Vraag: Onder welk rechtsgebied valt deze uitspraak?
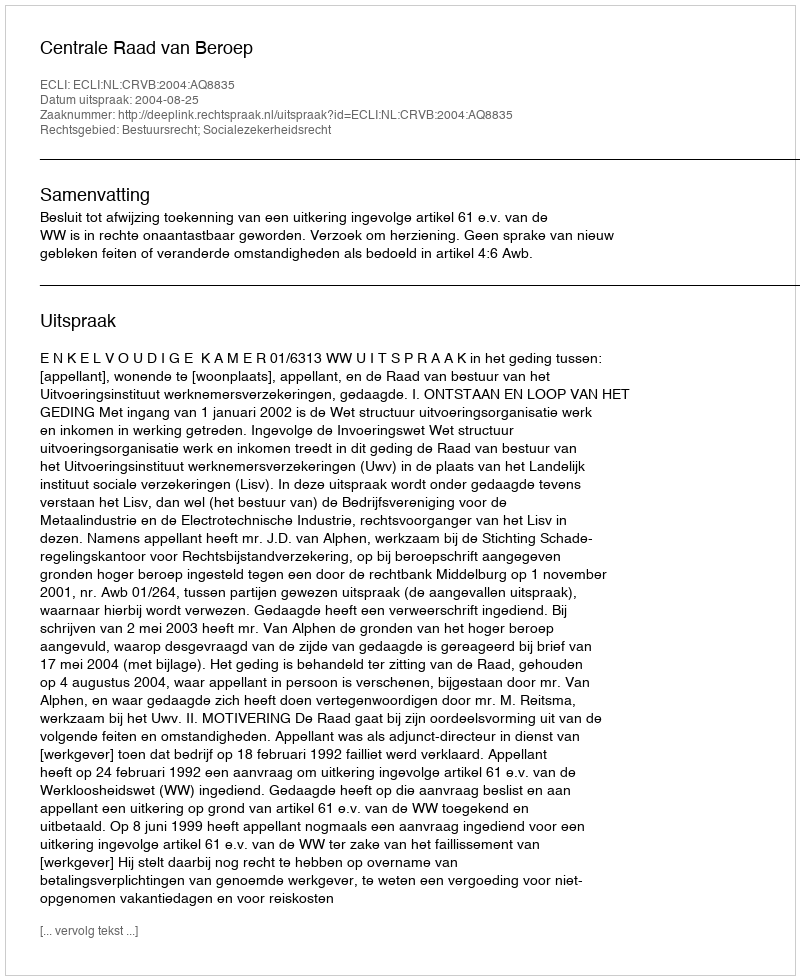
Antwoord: Bestuursrecht; Socialezekerheidsrecht